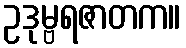
ဥဒုမ္ဗရဇာတက။